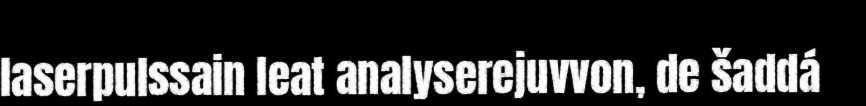
laserpulssain leat analyserejuvvon, de šaddá